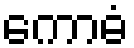
ကောဓံ